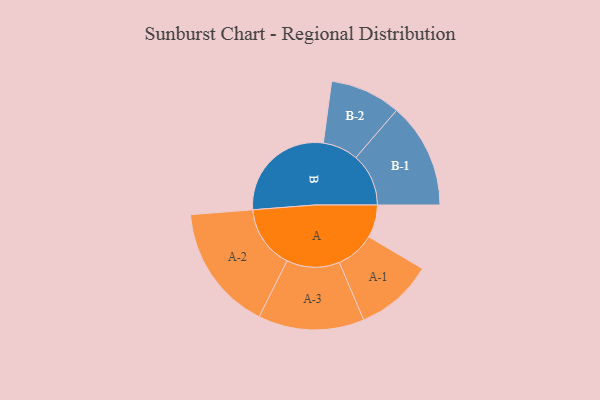
{"axis": {"x": "Segment", "y": "Value"}, "legend": ["", "A", "B"], "data": [{"x": "A", "y": 138, "type": ""}, {"x": "B", "y": 460, "type": ""}, {"x": "A-1", "y": 164, "type": "A"}, {"x": "A-2", "y": 266, "type": "A"}, {"x": "A-3", "y": 223, "type": "A"}, {"x": "B-1", "y": 222, "type": "B"}, {"x": "B-2", "y": 149, "type": "B"}]}